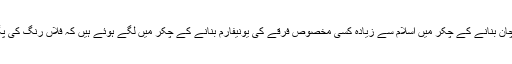
یہ الگ بات ہے کہ ہم لوگ ایک خاص پہچان بنانے کے چکر میں اسلام سے زیادہ کسی مخصوص فرقے کی یونیفارم بنانے کے چکر میں لگے ہوئے ہیں کہ فلاں رنگ کی پگڑی ہو اور اس طرح کا کرتا اور پاجامہ۔